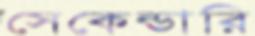
সেকেন্ডারি